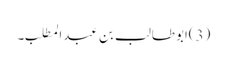
(3)ابوطالب بن عبدالمطلب۔